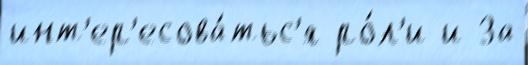
инт'ер'есова́тьс'я ро́л'и и За